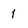
Character: 1